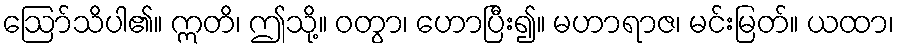
ဩော်သိပါ၏။ ဣတိ၊ ဤသို့။ ဝတွာ၊ ဟောပြီး၍။ မဟာရာဇ၊ မင်းမြတ်။ ယထာ၊